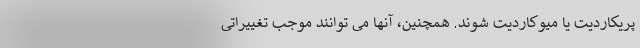
پریکاردیت یا میوکاردیت شوند. همچنین، آنها می توانند موجب تغییراتی